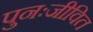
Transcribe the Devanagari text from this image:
पुनःजीवित